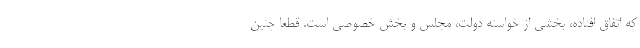
که اتفاق افتاده، بخشی از خواسته دولت، مجلس و بخش خصوصی است. قطعا چنین